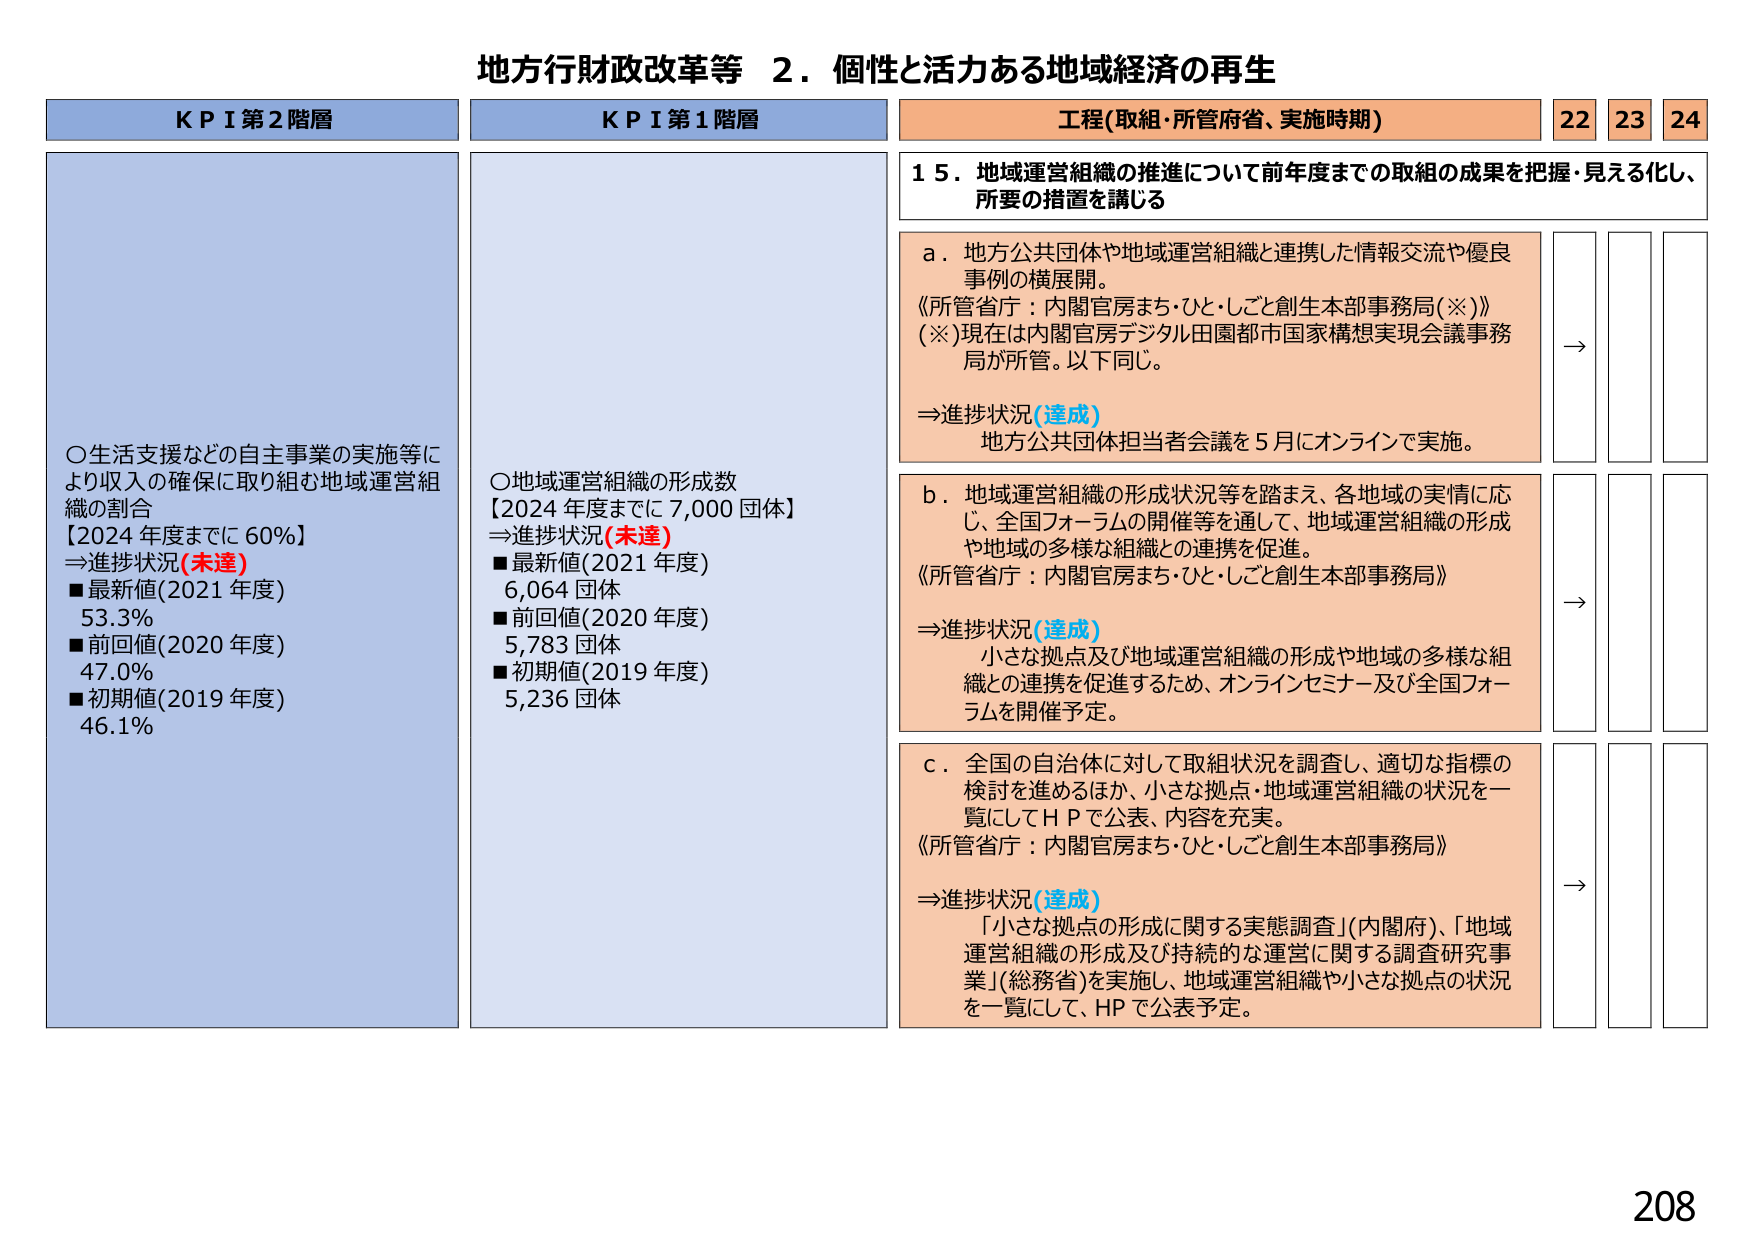
地方行財政改革等　２．個性と活力ある地域経済の再生

ＫＰＩ第２階層
○生活支援などの自主事業の実施等により収入の確保に取り組む地域運営組織の割合
【2024年度までに60％】
⇒進捗状況（未達）
■最新値（2021年度）　53.3％
■前回値（2020年度）　47.0％
■初期値（2019年度）　46.1％

ＫＰＩ第１階層
○地域運営組織の形成数
【2024年度までに7,000団体】
⇒進捗状況（未達）
■最新値（2021年度）　6,064団体
■前回値（2020年度）　5,783団体
■初期値（2019年度）　5,236団体

工程（取組・所管府省、実施時期）　22　23　24
１５．地域運営組織の推進について前年度までの取組の成果を把握・見える化し、
　　所要の措置を講じる

ａ．地方公共団体や地域運営組織と連携した情報交流や優良
　　事例の横展開。
　　《所管省庁：内閣官房まち・ひと・しごと創生本部事務局（※）》
　　（※）現在は内閣官房デジタル田園都市国家構想実現会議事務
　　　局が所管。以下同じ。
　　⇒進捗状況（達成）
　　　地方公共団体担当者会議を5月にオンラインで実施。

ｂ．地域運営組織の形成状況等を踏まえ、各地域の実情に応
　　じ、全国フォーラムの開催等を通じて、地域運営組織の形成
　　や地域の多様な組織との連携を促進。
　　《所管省庁：内閣官房まち・ひと・しごと創生本部事務局》
　　⇒進捗状況（達成）
　　　小さな拠点及び地域運営組織の形成や地域の多様な組
　　　織との連携を促進するため、オンラインセミナー及び全国フォー
　　　ラムを開催予定。

ｃ．全国の自治体に対して取組状況を調査し、適切な指標の
　　検討を進めるほか、小さな拠点・地域運営組織の状況を一
　　覧にしてＨＰで公表、内容を充実。
　　《所管省庁：内閣官房まち・ひと・しごと創生本部事務局》
　　⇒進捗状況（達成）
　　　「小さな拠点の形成に関する実態調査」（内閣府）、「地域
　　　運営組織の形成及び持続的な運営に関する調査研究事
　　　業」（総務省）を実施し、地域運営組織や小さな拠点の状況
　　　を一覧にして、ＨＰで公表予定。

208